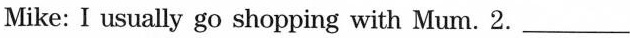
Mike: I usually go shopping with Mum. 2.___